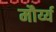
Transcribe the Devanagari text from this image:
मौर्य्य